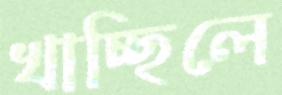
খাচ্ছিলে